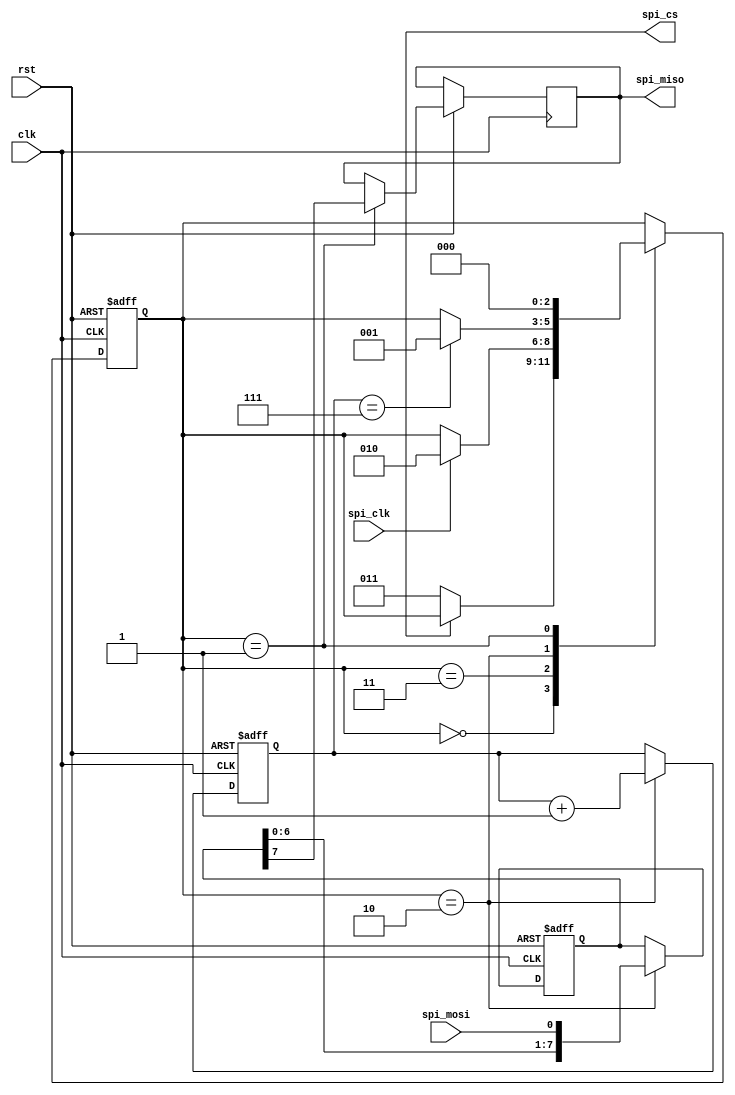
module spi_controller (
    input wire clk,
    input wire rst,
    output wire spi_cs,
    input wire spi_clk,
    input wire spi_mosi,
    output wire spi_miso
);

// Declare internal signals and registers
reg [7:0] spi_data_buffer;
reg spi_data_valid;
reg [2:0] state;
reg [3:0] bit_count;

// Constants for states
parameter IDLE = 3'b000;
parameter MISO = 3'b001;
parameter MOSI = 3'b010;
parameter CS_ASSERTED = 3'b011;

always @ (posedge clk or negedge rst) begin
    if (rst == 1'b0) begin
        spi_data_buffer <= 8'h00;
        spi_data_valid <= 1'b0;
        state <= IDLE;
        bit_count <= 4'd0;
    end else begin
        case (state)
            IDLE: begin
                if (spi_cs == 1'b0) begin
                    state <= CS_ASSERTED;
                end
            end
            CS_ASSERTED: begin
                if (spi_clk == 1'b1) begin
                    state <= MOSI;
                end
            end
            MOSI: begin
                spi_data_buffer <= {spi_data_buffer[6:0], spi_mosi};
                bit_count <= bit_count + 1;
                if (bit_count == 8'd7) begin
                    state <= MISO;
                end
            end
            MISO: begin
                spi_data_valid <= 1'b1;
                spi_miso <= spi_data_buffer[7];
                state <= IDLE;
            end
        endcase
    end
end

endmodule